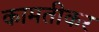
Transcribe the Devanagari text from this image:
कामतीकर